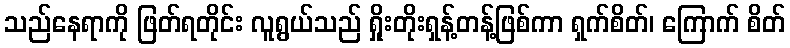
သည်နေရာကို ဖြတ်ရတိုင်း လူရွယ်သည် ရှိုးတိုးရှန့်တန့်ဖြစ်ကာ ရှက်စိတ်၊ ကြောက် စိတ်